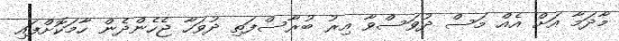
މާދަމާ އަށް އެއް މަސް ދުވަސްވާ އިރު ބުރާސްފަތި ދުވަހާ ޖެހެންދެން ހާމަކޮށްފައި